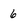
Character: 6